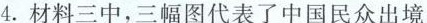
(3(1)2016~2018年，中国农村居民出境游人数的增长幅度明显高于城镇居民出境游人数的增长幅度，0”后和”80”后比较有条件走出国门石世界)中国民众出境游选择”生活体验慢慢慢”多是”90”后和”0材料三中，三幅图代表了中国民众出境游的三种主要类型。请结合材料二、三，预测在接下来的五年中，这三种类型中哪一种预测在中国民众出境游的主要趋势，并简述你的理(3分